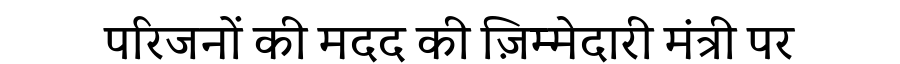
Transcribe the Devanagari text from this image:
परिजनों की मदद की ज़िम्मेदारी मंत्री पर